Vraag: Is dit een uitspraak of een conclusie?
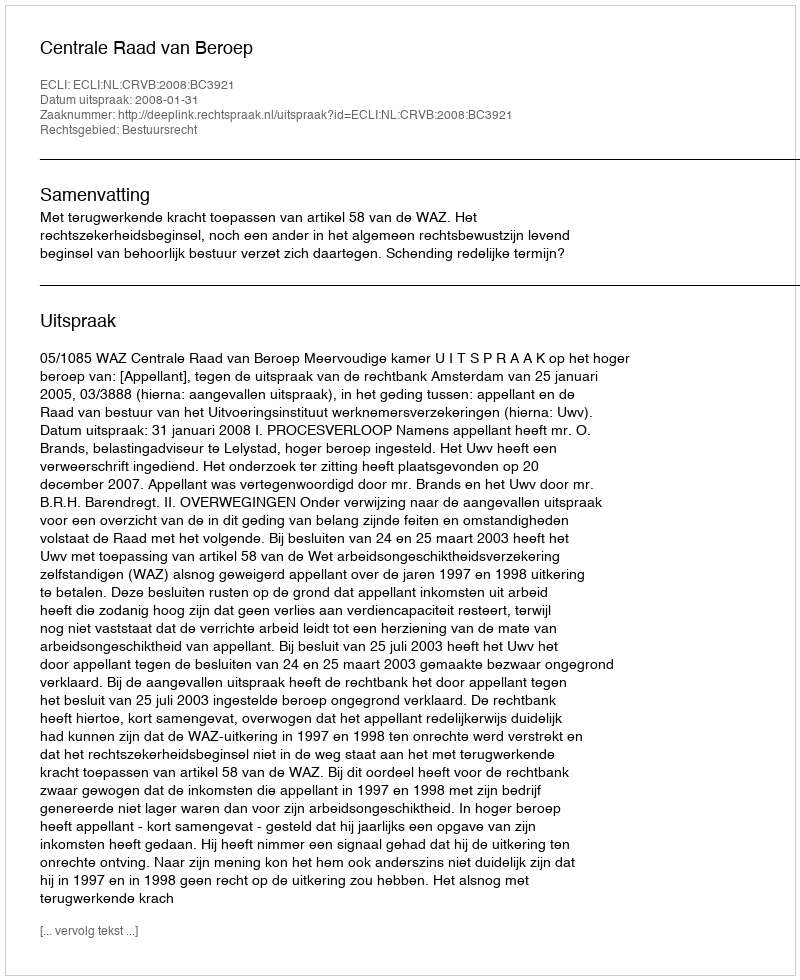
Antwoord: Uitspraak